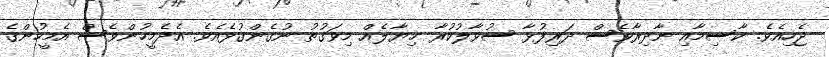
ޖެހިއެވެ. ކާސިމާއި ނާދިރާވެސް ދަރިފުޅާ ސުވާލުކުރާ ޚިޔާލެއް މިވަގުތު ނުގެންގުޅެއެވެ. އެދެމީހުންވެސް އެމީހުންގެ